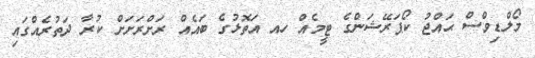
މޯލްޑިވްސް ޙައްޖު ކޯޕަރޭޝަންގެ ޓީމެއް ހއ އަތޮޅުގެ ބައެއް ރަށްރަށަށް ކުރާ ދަތުރެއްގައި